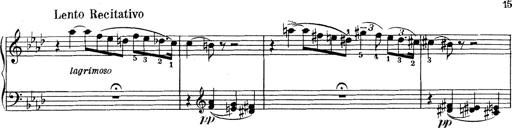
Title: Variationen Ã¼ber das Motiv von Bach
Composer: Franz Liszt